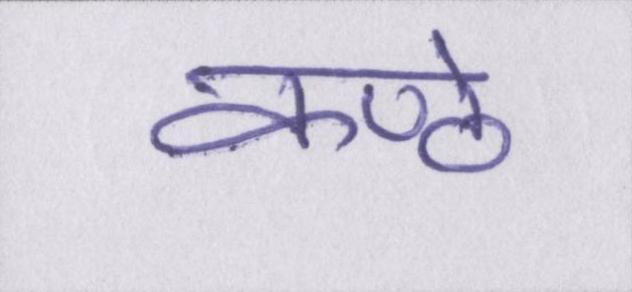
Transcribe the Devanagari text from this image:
कण्ठे